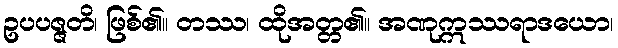
ဥပပဇ္ဇတိ၊ ဖြစ်၏။ တဿ၊ ထိုအတ္တ၏။ အဏုဣဿရာဒယော၊